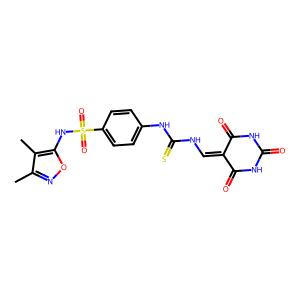
SMILES: Cc1noc(NS(=O)(=O)c2ccc(NC(=S)NC=C3C(=O)NC(=O)NC3=O)cc2)c1C
Inhibits HIV replication: No